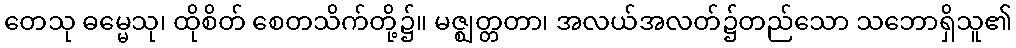
တေသု ဓမ္မေသု၊ ထိုစိတ် စေတသိက်တို့၌။ မဇ္ဈတ္တတာ၊ အလယ်အလတ်၌တည်သော သဘောရှိသူ၏